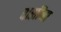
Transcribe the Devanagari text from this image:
वासींना